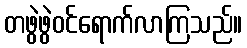
တဖွဲဖွဲဝင်ရောက်လာကြသည်။